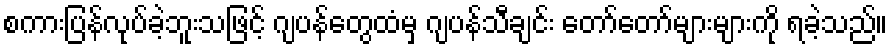
စကားပြန်လုပ်ခဲ့ဘူးသဖြင့် ဂျပန်တွေထံမှ ဂျပန်သီချင်း တော်တော်များများကို ရခဲ့သည်။